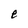
Character: e